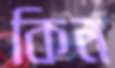
কিন